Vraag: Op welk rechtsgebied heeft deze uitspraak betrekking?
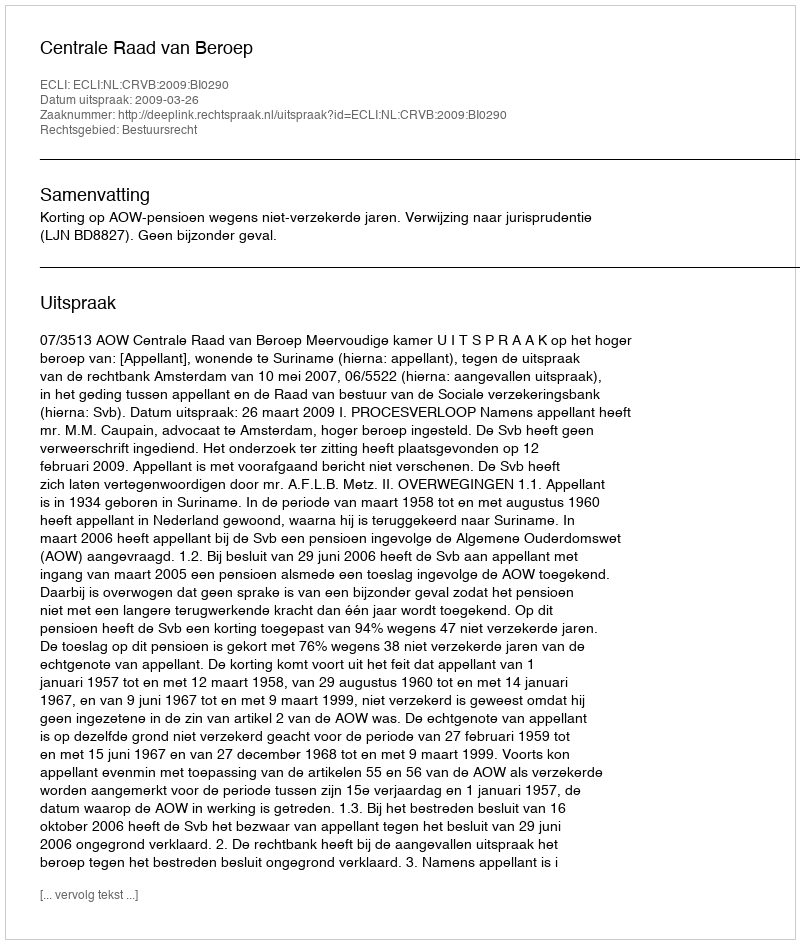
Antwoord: Bestuursrecht